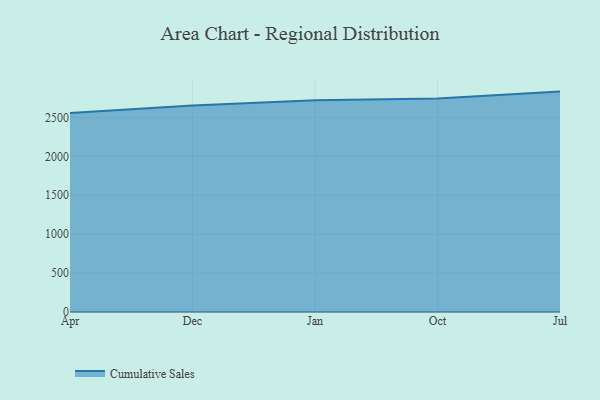
{"axis": {"x": "Month", "y": "Humidity (%)"}, "legend": ["Cumulative Sales"], "data": [{"x": "Apr", "y": 2557.8, "type": "Cumulative Sales"}, {"x": "Dec", "y": 2652.9, "type": "Cumulative Sales"}, {"x": "Jan", "y": 2721.6, "type": "Cumulative Sales"}, {"x": "Oct", "y": 2741.7, "type": "Cumulative Sales"}, {"x": "Jul", "y": 2831.2, "type": "Cumulative Sales"}]}